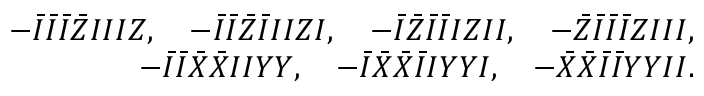
\begin{array} { r l r } & { } & { - \bar { I } \bar { I } \bar { I } \bar { Z } I I I Z , \quad - \bar { I } \bar { I } \bar { Z } \bar { I } I I Z I , \quad - \bar { I } \bar { Z } \bar { I } \bar { I } I Z I I , \quad - \bar { Z } \bar { I } \bar { I } \bar { I } Z I I I , } \\ & { } & { - \bar { I } \bar { I } \bar { X } \bar { X } I I Y Y , \quad - \bar { I } \bar { X } \bar { X } \bar { I } I Y Y I , \quad - \bar { X } \bar { X } \bar { I } \bar { I } Y Y I I . } \end{array}